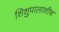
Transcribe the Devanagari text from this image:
शिशुपालाशीच